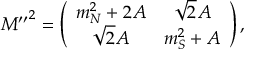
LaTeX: { M ^ { \prime \prime } } ^ { 2 } = \left( \begin{array} { c c } { { m _ { N } ^ { 2 } + 2 A } } & { { \sqrt { 2 } A } } \\ { { \sqrt { 2 } A } } & { { m _ { S } ^ { 2 } + A } } \end{array} \right) ,